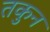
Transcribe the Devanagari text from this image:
तकुन